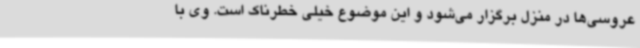
عروسی‌ها در منزل برگزار می‌شود و این موضوع خیلی خطرناک است. وی با